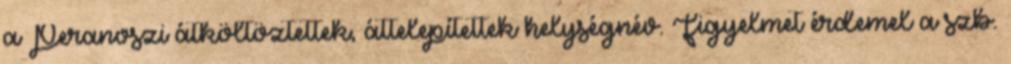
a Peranoszi átköltöztettek, áttelepítettek helységnév. Figyelmet érdemel a szb.